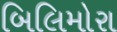
બિલિમોરા